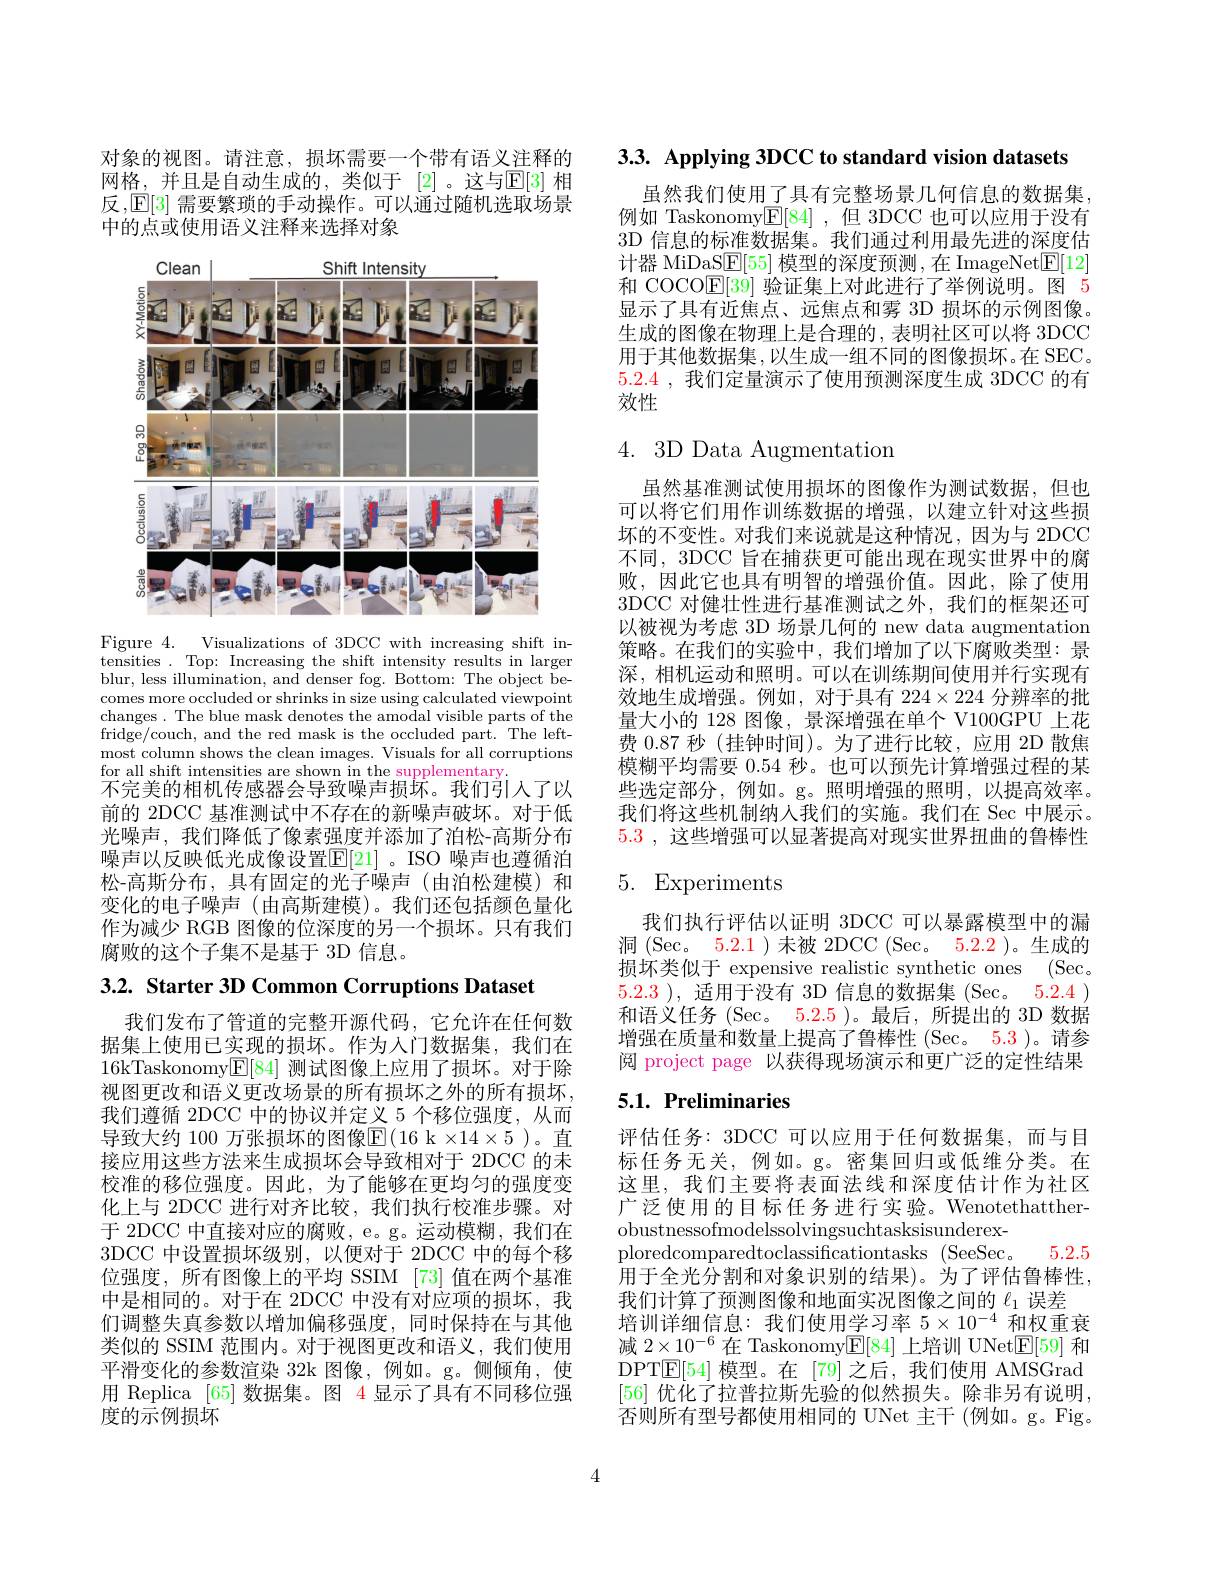
3.3. Applying 3DCC to standard vision datasets

虽然我们使用了具有完整场景几何信息的数据集例如 Taskonomy$\boxed{\mathrm{E}}[84]$ ,但 3DCC 也可以应用于没有3D 信息的标准数据集。我们通过利用最先进的深度估计器 MiDaS$\boxed{\mathrm{E}}[55]$ 模型的深度预测 ,在 ImageNet$\boxed{\mathrm{F}}[12]$ 和 COCO$\mathbb{E}[39]$验证集上对此进行了举例说明。图 5显示了具有近焦点、远焦点和雾 3D 损坏的示例图像。生成的图像在物理上是合理的，表明社区可以将 3DCC 用于其他数据集，以生成一组不同的图像损坏。在 SEC 5.2.4 ,我们定量演示了使用预测深度生成 3DCC 的有效性

对象的视图。请注意，损坏需要一个带有语义注释的网格，并且是自动生成的，类似于[2]。这与$\mathbb{E}[3]$ 相反，$\mathbb{E}[3]$需要繁琐的手动操作。可以通过随机选取场景中的点或使用语义注释来选择对象

<FigureHere>

Figure 4. Visualizations of 3DCC with increasing shift intensities . Top: Increasing the shift intensity results in larger blur, less illumination, and denser fog. Bottom: The object becomes more occluded or shrinks in size using calculated viewpoint changes. The blue mask denotes the amodal visible parts of the fridge/couch, and the red mask is the occluded part. The leftmost column shows the clean images. Visuals for all corruptions for all shift intensities are shown in the supplementary
不完美的相机传感器会导致噪声损坏。我们引人了以前的 2DCC 基准测试中不存在的新噪声破坏。对于低光噪声，我们降低了像素强度并添加了泊松-高斯分布噪声以反映低光成像设置$\overline{\mathrm{E}}[21]$。ISO 噪声也遵循泊松-高斯分布，具有固定的光子噪声(由泊松建模)和变化的电子噪声 (由高斯建模)。我们还包括颜色量化作为减少 RGB 图像的位深度的另一个损坏。只有我们腐败的这个子集不是基于 3D 信息。

3.2. Starter 3D Common Corruptions Dataset

我们发布了管道的完整开源代码，它允许在任何数据集上使用已实现的损坏。作为人门数据集，我们在16kTaskonomy$\boxed{\mathrm{E}}[84]$测试图像上应用了损坏。对于除视图更改和语义更改场景的所有损坏之外的所有损坏， 我们遵循 2DCC 中的协议并定义 5 个移位强度，从而导致大约 100 万张损坏的图像E( 16 k $\times 14\times 5$ )。直接应用这些方法来生成损坏会导致相对于 2DCC 的未校准的移位强度。因此，为了能够在更均匀的强度变化上与 2DCC 进行对齐比较，我们执行校准步骤。对于 2DCC 中直接对应的腐败，e。g。运动模糊，我们在3DCC 中设置损坏级别，以便对于 2DCC 中的每个移位强度，所有图像上的平均 SSIM [73]值在两个基准中是相同的。对于在 2DCC 中没有对应项的损坏，我们调整失真参数以增加偏移强度，同时保持在与其他类似的 SSIM 范围内。对于视图更改和语义，我们使用平滑变化的参数渲染 32k 图像，例如。g。侧倾角，使用 Replica [65] 数据集。图 4 显示了具有不同移位强度的示例损坏

# 4.3D Data Augmentation

虽然基准测试使用损坏的图像作为测试数据，但也可以将它们用作训练数据的增强，以建立针对这些损坏的不变性。对我们来说就是这种情况，因为与 2DCC 不同，3DCC 旨在捕获更可能出现在现实世界中的腐败，因此它也具有明智的增强价值。因此，除了使用3DCC 对健壮性进行基准测试之外，我们的框架还可以被视为考虑 3D 场景几何的 new data augmentation 策略。在我们的实验中，我们增加了以下腐败类型：景深，相机运动和照明。可以在训练期间使用并行实现有效地生成增强。例如，对于具有$224\times224$分辨率的批量大小的 128 图像，景深增强在单个 V100GPU 上花费 0.87 秒 (挂钟时间)。为了进行比较，应用 2D 散焦模糊平均需要0.54秒。也可以预先计算增强过程的某些选定部分，例如。g。照明增强的照明，以提高效率。我们将这些机制纳人我们的实施。我们在 Sec 中展示。5.3 ,这些增强可以显著提高对现实世界扭曲的鲁棒性

# 5. Experiments

我们执行评估以证明 3DCC 可以暴露模型中的漏洞(Sec。5.2.1)末被 2DCC (Sec。5.2.2 )。生成的损坏类似于 expensive realistic synthetic ones (Sec. 5.2.3 ), 适用于没有 3D 信息的数据集 (Sec。5.2.4 ) 和语义任务 (Sec。5.2.5 )。最后，所提出的 3D 数据增强在质量和数量上提高了鲁棒性 (Sec。5.3 )。请参阅 project page 以获得现场演示和更广泛的定性结果

# 5.1. Preliminaries

ploredcomparedtoclassificationtasks (SeeSec。5.2.5

评估任务：3DCC 可以应用于任何数据集，而与目标任务无关，例如。g。密集回归或低维分类。在这里，我们主要将表面法线和深度估计作为社区广泛使用的目标任务进行实验。Wenotethattherobustnessofmodelssolvingsuchtasksisunderex-
用于全光分割和对象识别的结果)。为了评估鲁棒性，
我们计算了预测图像和地面实况图像之间的$\ell_{1}$误差
培训详细信息：我们使用学习率$5\times10^{-4}$和权重衰减$2\times10^{-6}$在 Taskonomy$\boxed{\mathrm{E}}[84]$上培训 UNet$\boxed{\mathrm{E}}[59]$和DPT$\boxed{\mathbb{E}}[54]$模型。在 [79]之后，我们使用 AMSGrad [56]优化了拉普拉斯先验的似然损失。除非另有说明否则所有型号都使用相同的 UNet 主干 (例如。g。Fig。

4